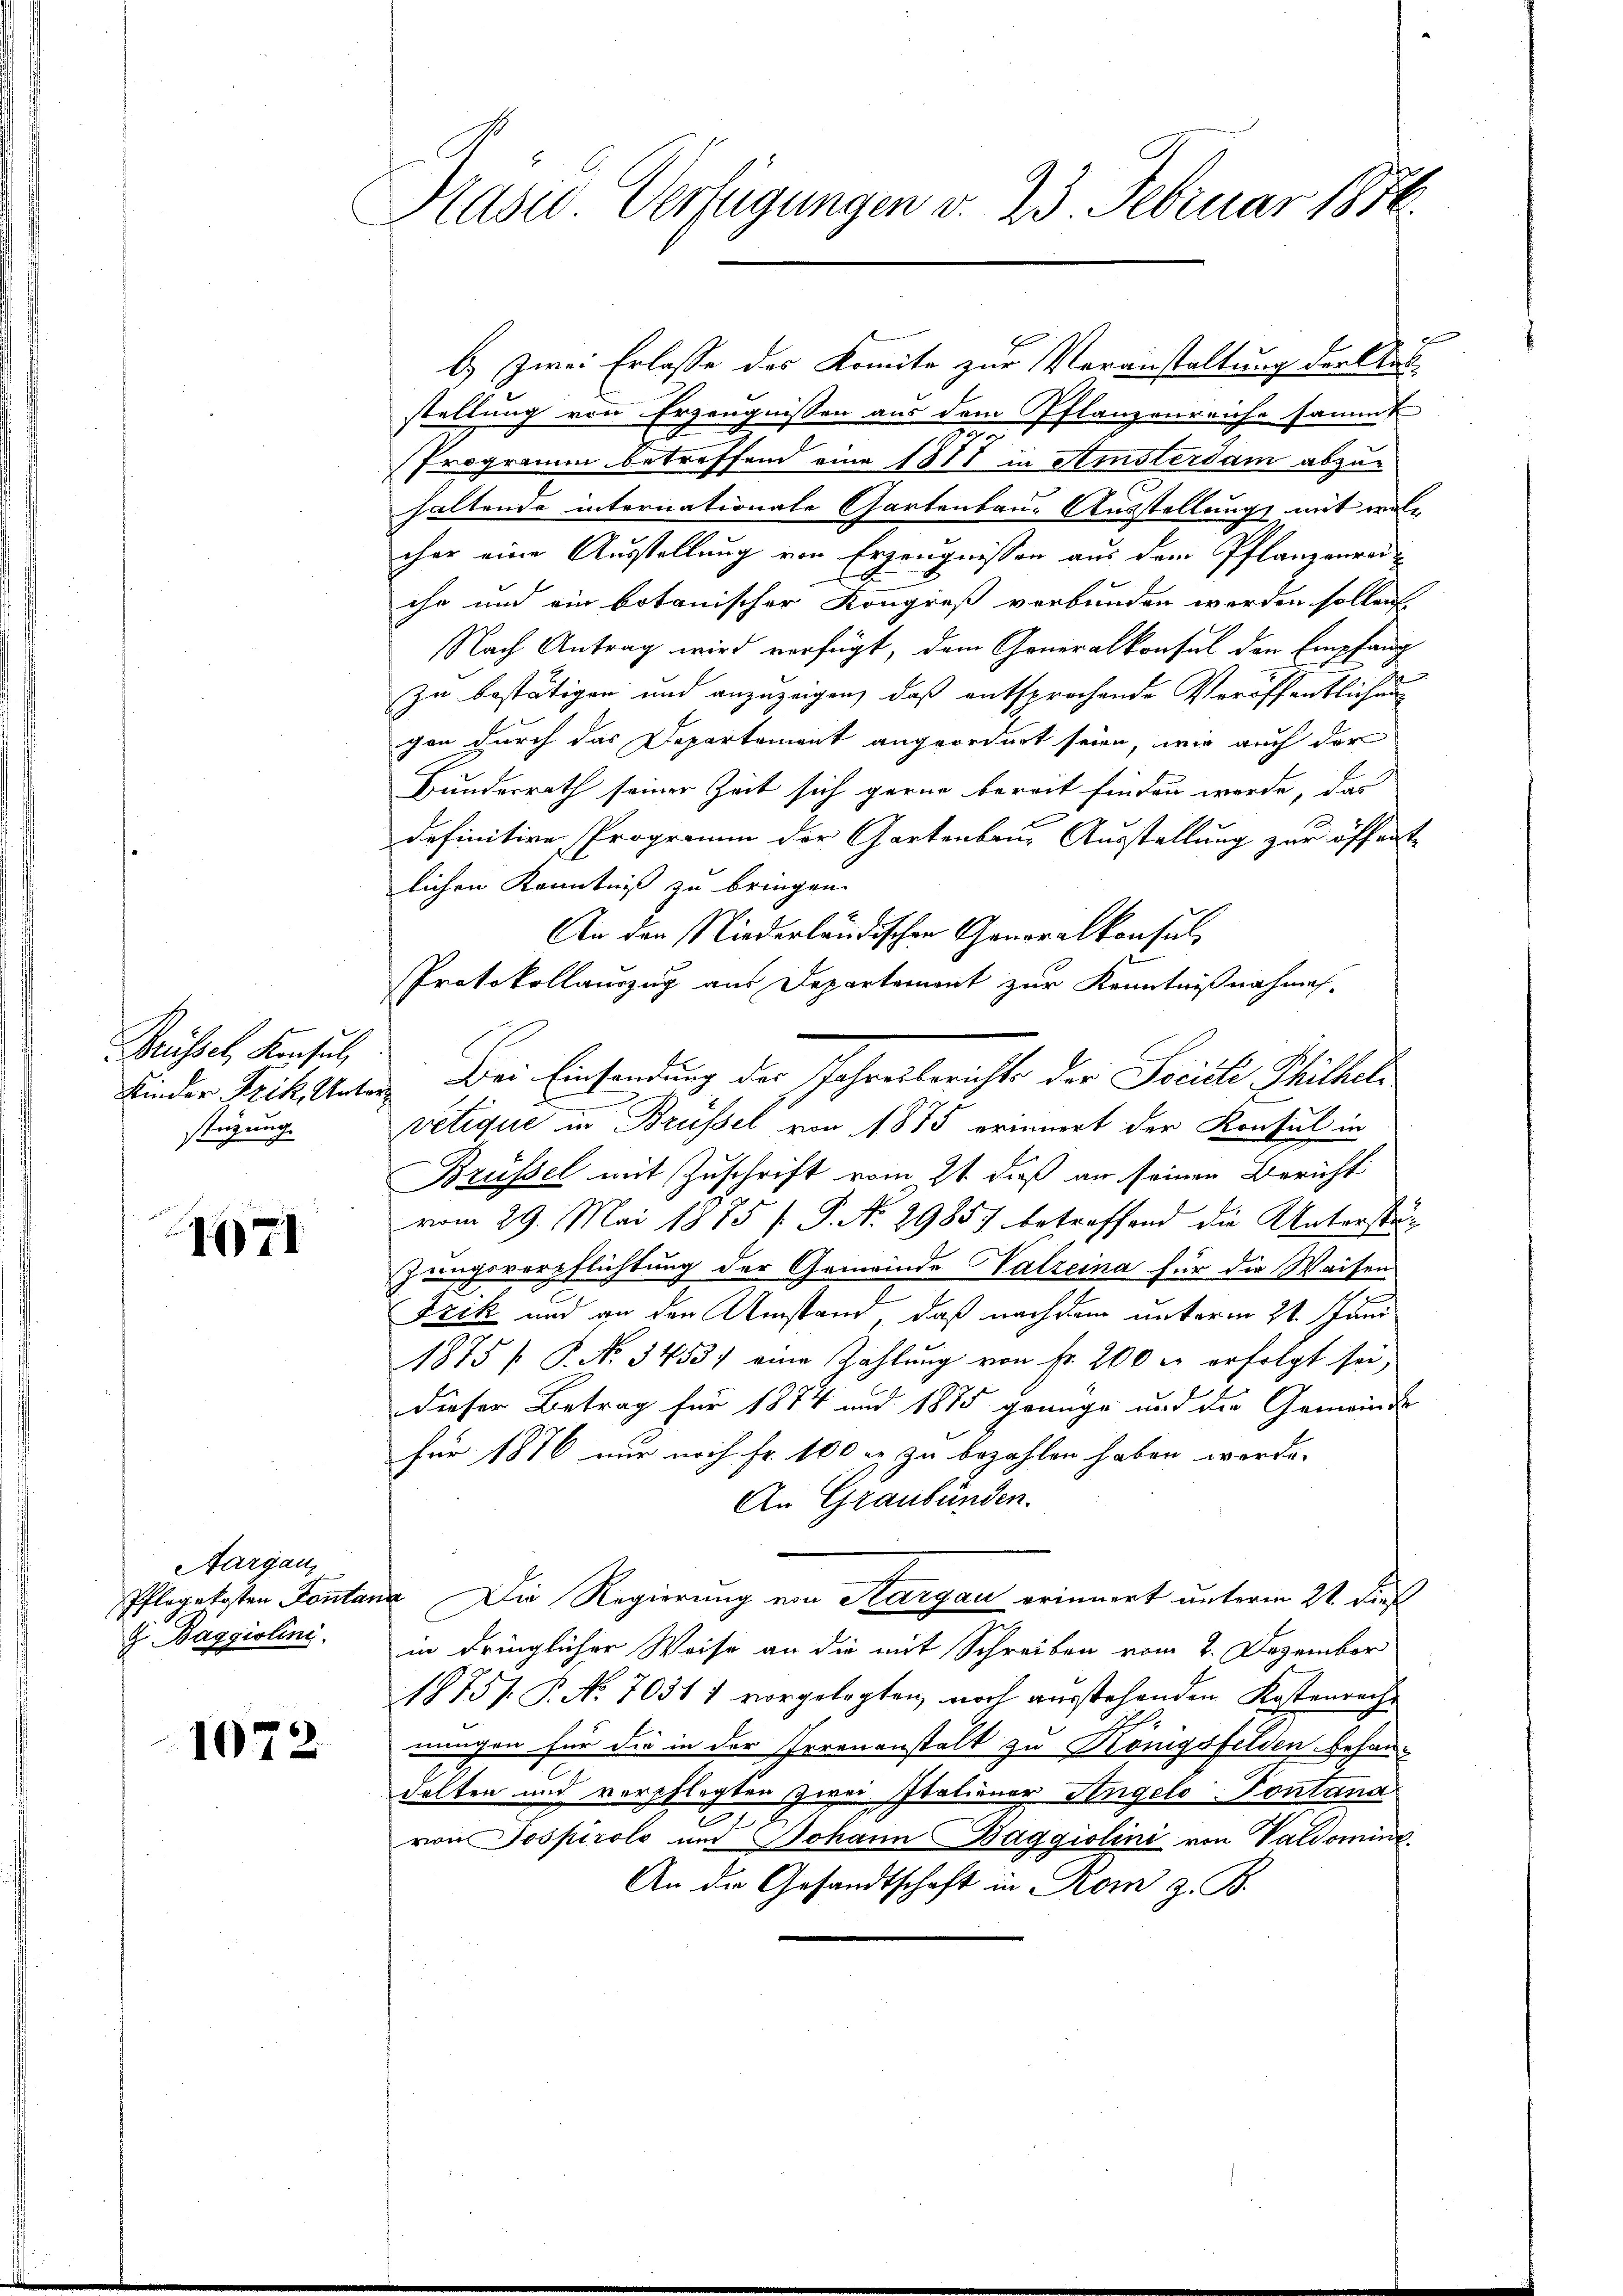
Brüssel, Konsul,
stüzung.

1671

Aargau,
 Baggiolini

1072

Präsid. Verfügungen v. 23. Februar 1876.

7
b.) Zwei Erlasse des Komite zur Veranstaltung der Ausstellung von Erzeugnissen aus dem Pflanzenreiche sammt
Programm betreffend eine 1888 in Amsterdam abzu-
haltende internationale Gartenbau. Ausstellung mit welcher eine Ausstellung von Erzeugnissen aus dem Pflanzenreiche und ein botanischer Kongreß verbunden werden sollen
Nach Antrag wird verfügt, dem Generalkonsul den Empfang
zu bestätigen und anzuzeigen, daß entsprechende Veröffentlichung
gen durch das Departement angeordnet seien, wie auch der
Bunderrath seiner Zeit sich gerne bereit finden werde, das
definitive Programm der Gartenbaue Ausstellung zur öffentlichen Kenntniß zu bringen.
An den Niederländischen Generalkonsul
Protokollauszug aus Departement zur Kenntnißnahmes-
Kinder Frik Uetig Bei Einsendung der Jahresberichts der Societe Philhel
vetique in Brüssel von 1875 erinnert der Konsul in
Brüssel mit Zuschrift vom 21. daß an seiner Bericht
vom 29. Mai 1875 f. P. N. 29857 betreffend die Unterstänzungsverpflichtung der Gemeinde Valzeina für die Waisen
Frik und an den Umstand, daß nachdem unterm 21. Juni
1875 / P. No 3453) eine Zahlŭng von Fr. 200 er erfolgt sei,
dieser Betrag für 1874 und 1875 genüge und die Gemeinde
für 1876 nur noch Fr. 100 rt zu bezahlen haben worde-
An Graubünden.
Pflegekosten Fontanz Die Regierung von Sargau erinnert unterm 21. die
in dringlicher Weise an die mit Schreiben vom 2. Dezember
1875 P. No 7031 1 vorgelegten, noch ausstehenden Kostenrechmchen für die in der Irrenanstalt zu Königsfelden behan-
dalten und verpflegten zwei Italiener Angelo Pontana
von Pospirolo und Johann Baggiolini von Valdomine,
An die Gesandtschaft in Rom z. B.